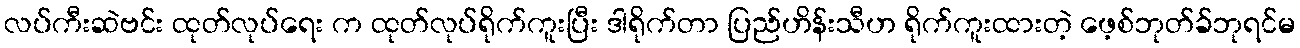
လပ်ကီးဆဲဗင်း ထုတ်လုပ်ရေး က ထုတ်လုပ်ရိုက်ကူးပြီး ဒါရိုက်တာ ပြည်ဟိန်းသီဟ ရိုက်ကူးထားတဲ့ ဖေ့စ်ဘုတ်ခ်ဘုရင်မ